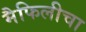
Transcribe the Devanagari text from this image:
मैफिलीचा